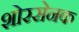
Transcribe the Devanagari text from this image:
शोरसेनक